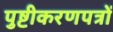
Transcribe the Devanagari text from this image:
पुष्टीकरणपत्रों